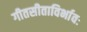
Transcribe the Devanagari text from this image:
गीतसीताविर्भावः